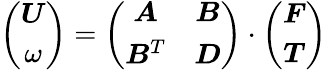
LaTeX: \left(\begin{array}{c}{\boldsymbol{U}}\\ {\omega}\end{array}\right)=\left(\begin{array}{cc}{\boldsymbol{A}}&{\boldsymbol{B}}\\ {\boldsymbol{B}^{T}}&{\boldsymbol{D}}\end{array}\right)\cdot\left(\begin{array}{c}{\boldsymbol{F}}\\ {\boldsymbol{T}}\end{array}\right)